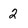
Character: 2